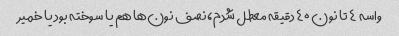
واسه ۴ تا نون ۴۰ دقیقه معطل شدم، نصف نون‌ها هم یا سوخته بود یا خمیر